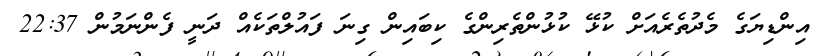
އިންޑިޔަގެ މެދުތެރެއަށް ކުޅޭ ކުޅުންތެރިންގެ ކިބައިން ގިނަ ފައުލްތަކެއް ދަނީ ފެންނަމުން 22:37